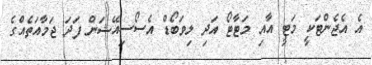
އެ އެޖެންޓަކީ މަޓީ އާއި މަޓާޓޯ އަދި ލިވަބޯޑް އެސޯސިއޭޝަން ފަދަ ޖަމާއަތެއްގެ